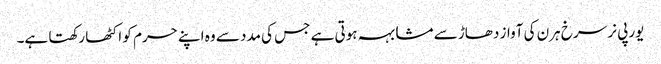
یورپی نر سرخ ہرن کی آواز دھاڑ سے مشابہہ ہوتی ہے جس کی مدد سے وہ اپنے حرم کو اکٹھا رکھتا ہے۔